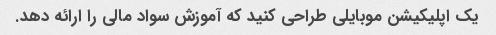
یک اپلیکیشن موبایلی طراحی کنید که آموزش سواد مالی را ارائه دهد.